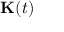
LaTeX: \mathbf { K } ( t )